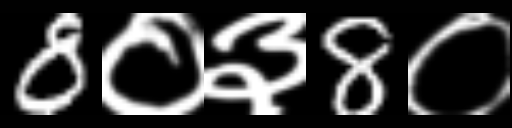
Text: 8०३8०